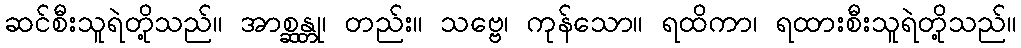
ဆင်စီးသူရဲတို့သည်။ အာစ္ဆန္တု၊ တည်း။ သဗ္ဗေ၊ ကုန်သော။ ရထိကာ၊ ရထားစီးသူရဲတို့သည်။